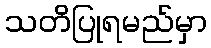
သတိပြုရမည်မှာ